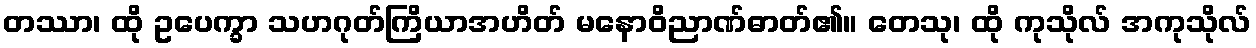
တဿာ၊ ထို ဥပေက္ခာ သဟဂုတ်ကြိယာအဟိတ် မနောဝိညာဏ်ဓာတ်၏။ တေသု၊ ထို ကုသိုလ် အကုသိုလ်